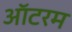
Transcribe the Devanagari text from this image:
ऑटरम